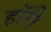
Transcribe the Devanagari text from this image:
हॉरी